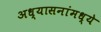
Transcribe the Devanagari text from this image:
अध्यासनांमध्ये